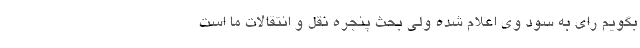
بگویم رای به سود وی اعلام شده ولی بحث پنجره نقل و انتقالات ما است